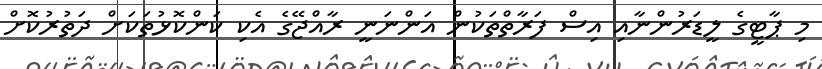
މި ޕާޓީގެ ލީޑަރުންނާއި އިސް ފަރާތްތަކުން އަންނަނީ ރާއްޖޭގެ އެކި ކަންކޮޅުތަކަށް ދަތުރުކޮށް